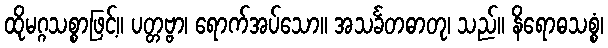
ထိုမဂ္ဂသစ္စာဖြင့်။ ပတ္တဗ္ဗာ၊ ရောက်အပ်သော။ အသင်္ခတဓာတု၊ သည်။ နိရောဓသစ္စံ၊